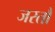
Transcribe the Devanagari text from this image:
जरतौ